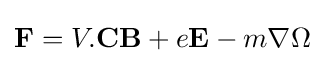
\mathbf {F} =V.\mathbf {C} \mathbf {B} +e\mathbf {E} -m\nabla \Omega